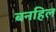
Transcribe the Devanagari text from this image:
बनहिल